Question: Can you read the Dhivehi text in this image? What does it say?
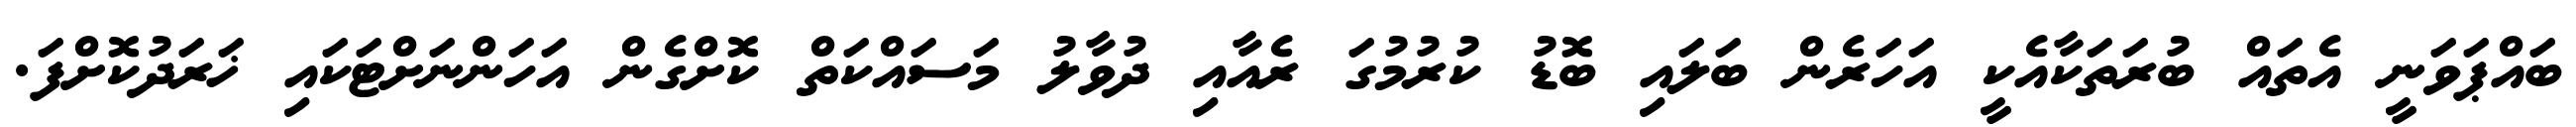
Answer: ބައްޕަވަނީ އެތައް ބުރަތަކާއެކީ އަހަރެން ބަލައި ބޮޑު ކުރުމުގަ ރެއާއި ދުވާލު މަސައްކަތް ކޮށްގެން އަހަންނަށްޓަކައި ޚަރަދުކޮށްފަ.